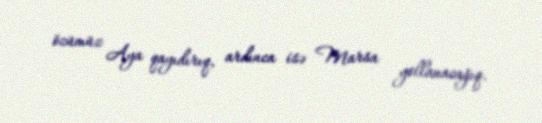
özümüz Aya qayıdırıq, ardınca isə Marsa yollanacağıq.